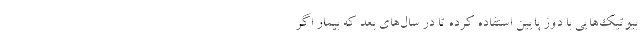
بیوتیک‌هایی با دوز پایین استفاده کرده تا در سال‌های بعد که بیمار اگر